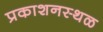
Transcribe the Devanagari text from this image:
प्रकाशनस्थळ